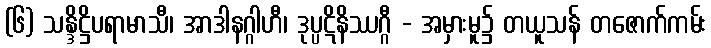
(၆) သန္ဒိဋ္ဌိပရာမာသီ၊ အာဒါနဂ္ဂါဟီ၊ ဒုပ္ပဋိနိဿဂ္ဂီ - အမှားမူ၌ တယူသန် တဇောက်ကမ်း